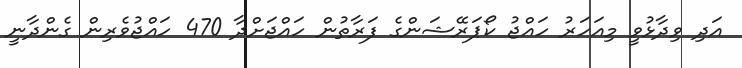
އަދި ވިދާޅުވީ މިއަހަރު ހައްޖު ކޯޕަރޭޝަންގެ ފަރާތުން ހައްޖަށްދާ 470 ހައްޖުވެރިން ގެންދާނީ